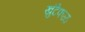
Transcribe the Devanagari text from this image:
खुंटेफळ